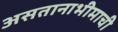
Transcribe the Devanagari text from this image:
असतानाभीमाची